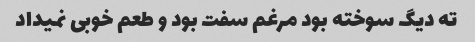
ته دیگ سوخته بود مرغم سفت بود و طعم خوبی نمیداد